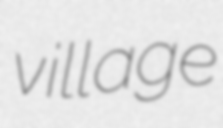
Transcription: village